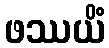
ဖဿယိံ